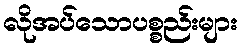
လိုအပ်သောပစ္စည်းများ